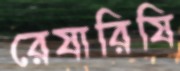
রেষারিষি